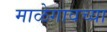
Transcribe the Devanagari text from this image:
माळेगावच्या